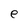
Character: e